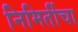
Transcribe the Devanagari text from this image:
निमिर्तीचा